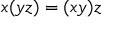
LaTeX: x ( y z ) = ( x y ) z